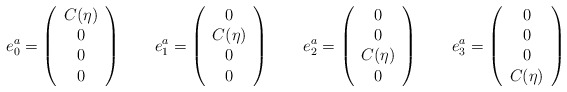
\begin{align*}e_0^a =\left(\begin{array}{c}C(\eta)\\ 0\\ 0\\ 0\end{array}\right) \qquad e_1^a=\left(\begin{array}{c}0\\ C(\eta)\\ 0\\ 0\end{array}\right) \qquad e_2^a=\left(\begin{array}{c}0\\ 0\\ C(\eta)\\ 0\end{array}\right) \qquad e_3^a=\left(\begin{array}{c}0\\ 0\\ 0\\ C(\eta)\end{array}\right)\end{align*}